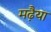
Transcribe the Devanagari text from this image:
मढ़ैया